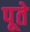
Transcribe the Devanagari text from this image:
पूते